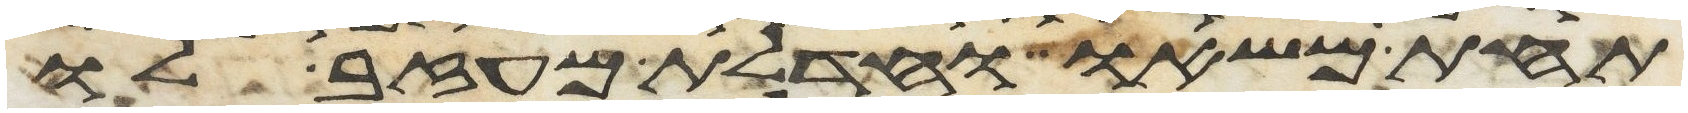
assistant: תחת משאו וחדלת מעזב לו